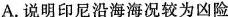
A.说明印尼沿海海况较为凶险